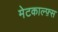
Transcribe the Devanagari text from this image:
मेटकाल्फ़्स